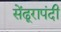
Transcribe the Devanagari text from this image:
सेंढूरापंदी